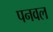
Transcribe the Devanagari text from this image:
पनवल